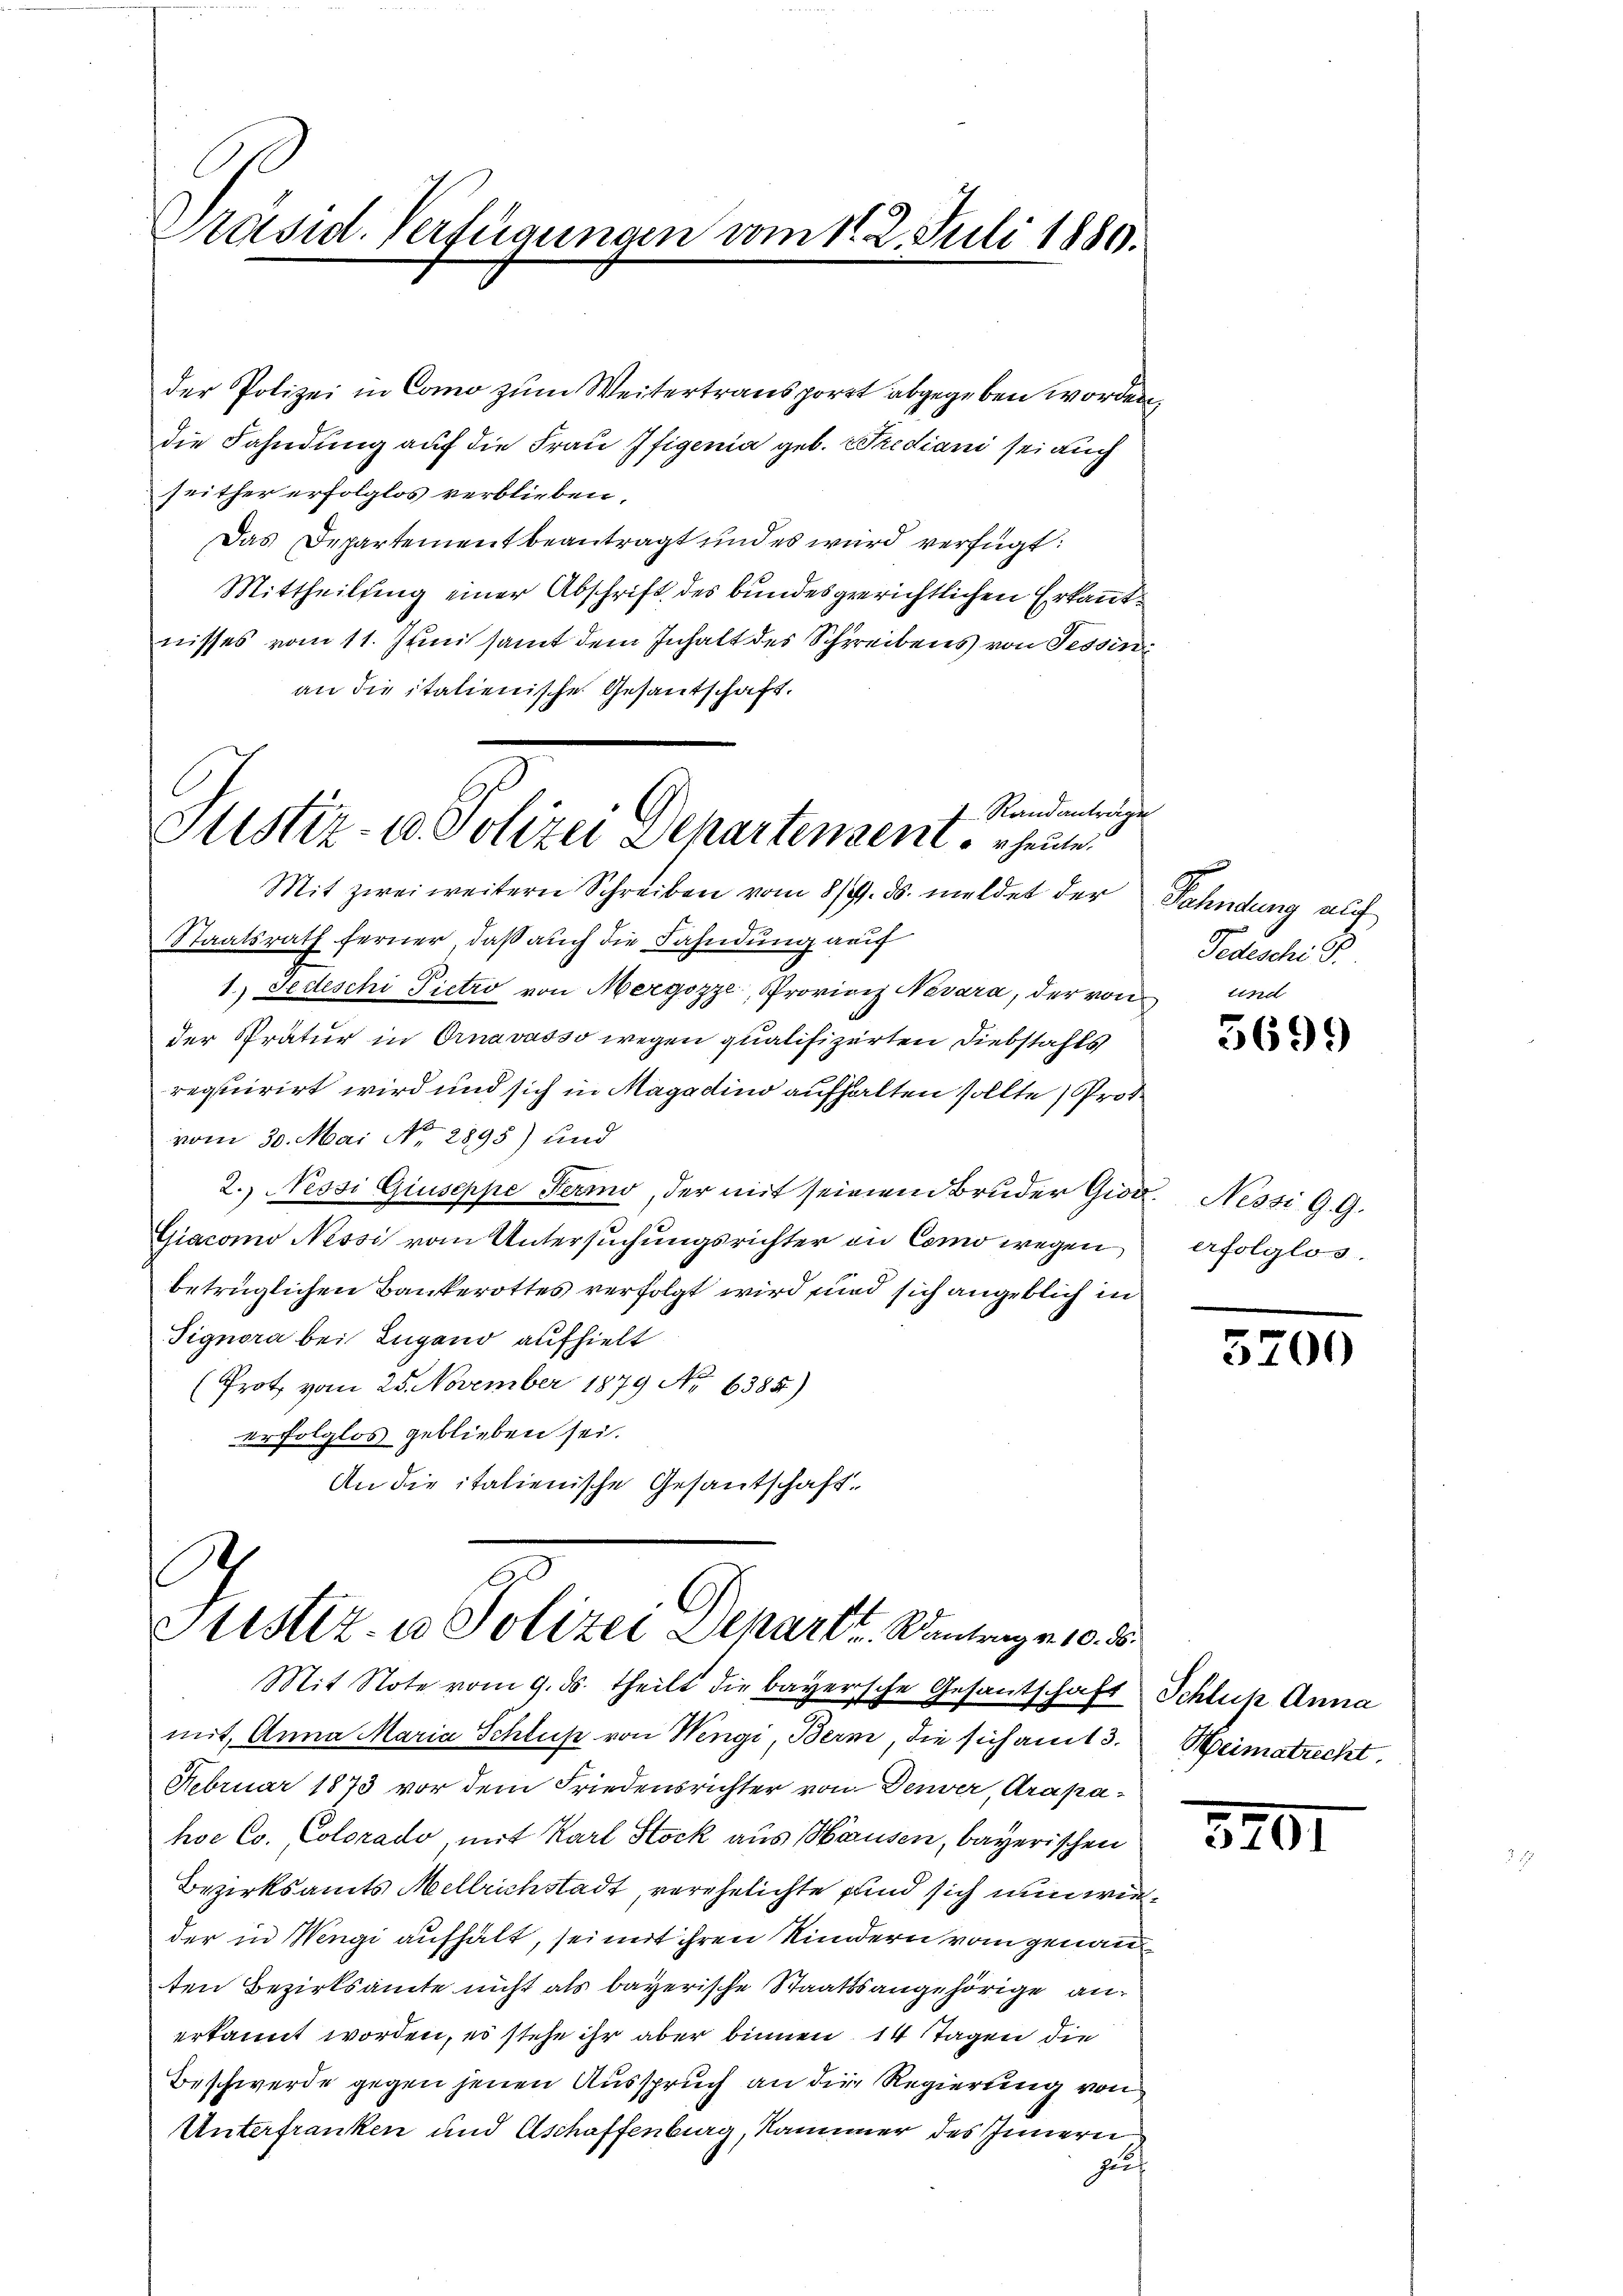
der Polizei in Como zum Weitertraus porrt abgegeben worden,
die Fahndung auf die Frau Pfigenia geb. Krediani sei auch
seither erfolglos verblieben,
Das Departement beantragt und es wird verfügt:
Mittheilung einer Abschrift des bundesgerichtlichen Erkanntnisses vom 11. Juni samt dem Inhalt des Schreibens von Tessini
an die italienische Gesantschaft.
Mit zwei weitern Schreiben vom 8/9. ds. meldet der Fahndung auf
Staatsrath ferner, daß auch die Fahndung auf
1.) Jedeschi Pietro von Mergozze, Prorienz Nevara, der von
der Pratur in Ornavasso wegen qualifizirten Diebstahls
requirirt wird und sich in Magadino aufhalten sollte, Prot
vom 30. Mai No 2895) und
2. Nessi Giuseppe Fermo, der mit seinem Bruder Gior. Nessi G. G.
Giacomo Nessi vom Untersuchungsrichter an Como wegen
betrüglichen Bankerottes verfolgt wird und sich angeblich in
Signora bei Lugano aufhielt
(Prot vom 25. November 1879 No 6385)
erfolglos geblieben sei.
An die italienische Gesantschaft¬

Präsid. Verfügungen vom 11. 2. Juli 1880.

7 Randanträge
Stistiz- u. Polizei Departengene heute.

Justiz, in Polizei Departe. Seiten 10. d.

hoc Co. Colorado, mit Karl Stock aus Hausen, bayerischen
Bezirksamts Mellrichstadt, verehelichte und sich nun wieder in Wengi aufhält, sei mit ihren Kindern vom genannten Bezirksamte nicht als bayerische Staatsangehörige anerkannt worden, es stehe ihr aber binnen 14 Tagen die
Beschwerde gegen jenen Ausspruch an die Regierung von
Unterfranken und Aschaffenburg, Kammer des Innern
zut

Mit Note vom 9. ds. theilt die bayersche Gesantschaft Schlup Anna
mit, Anna Maria Schluß von Wengi, Bern, die sich am 13.
Februar 1873 vor dem Friedensrichter von Denver, Arapa¬

Tedeschi B

5699

erfolglos.

5200

Heimatreckt.

320.